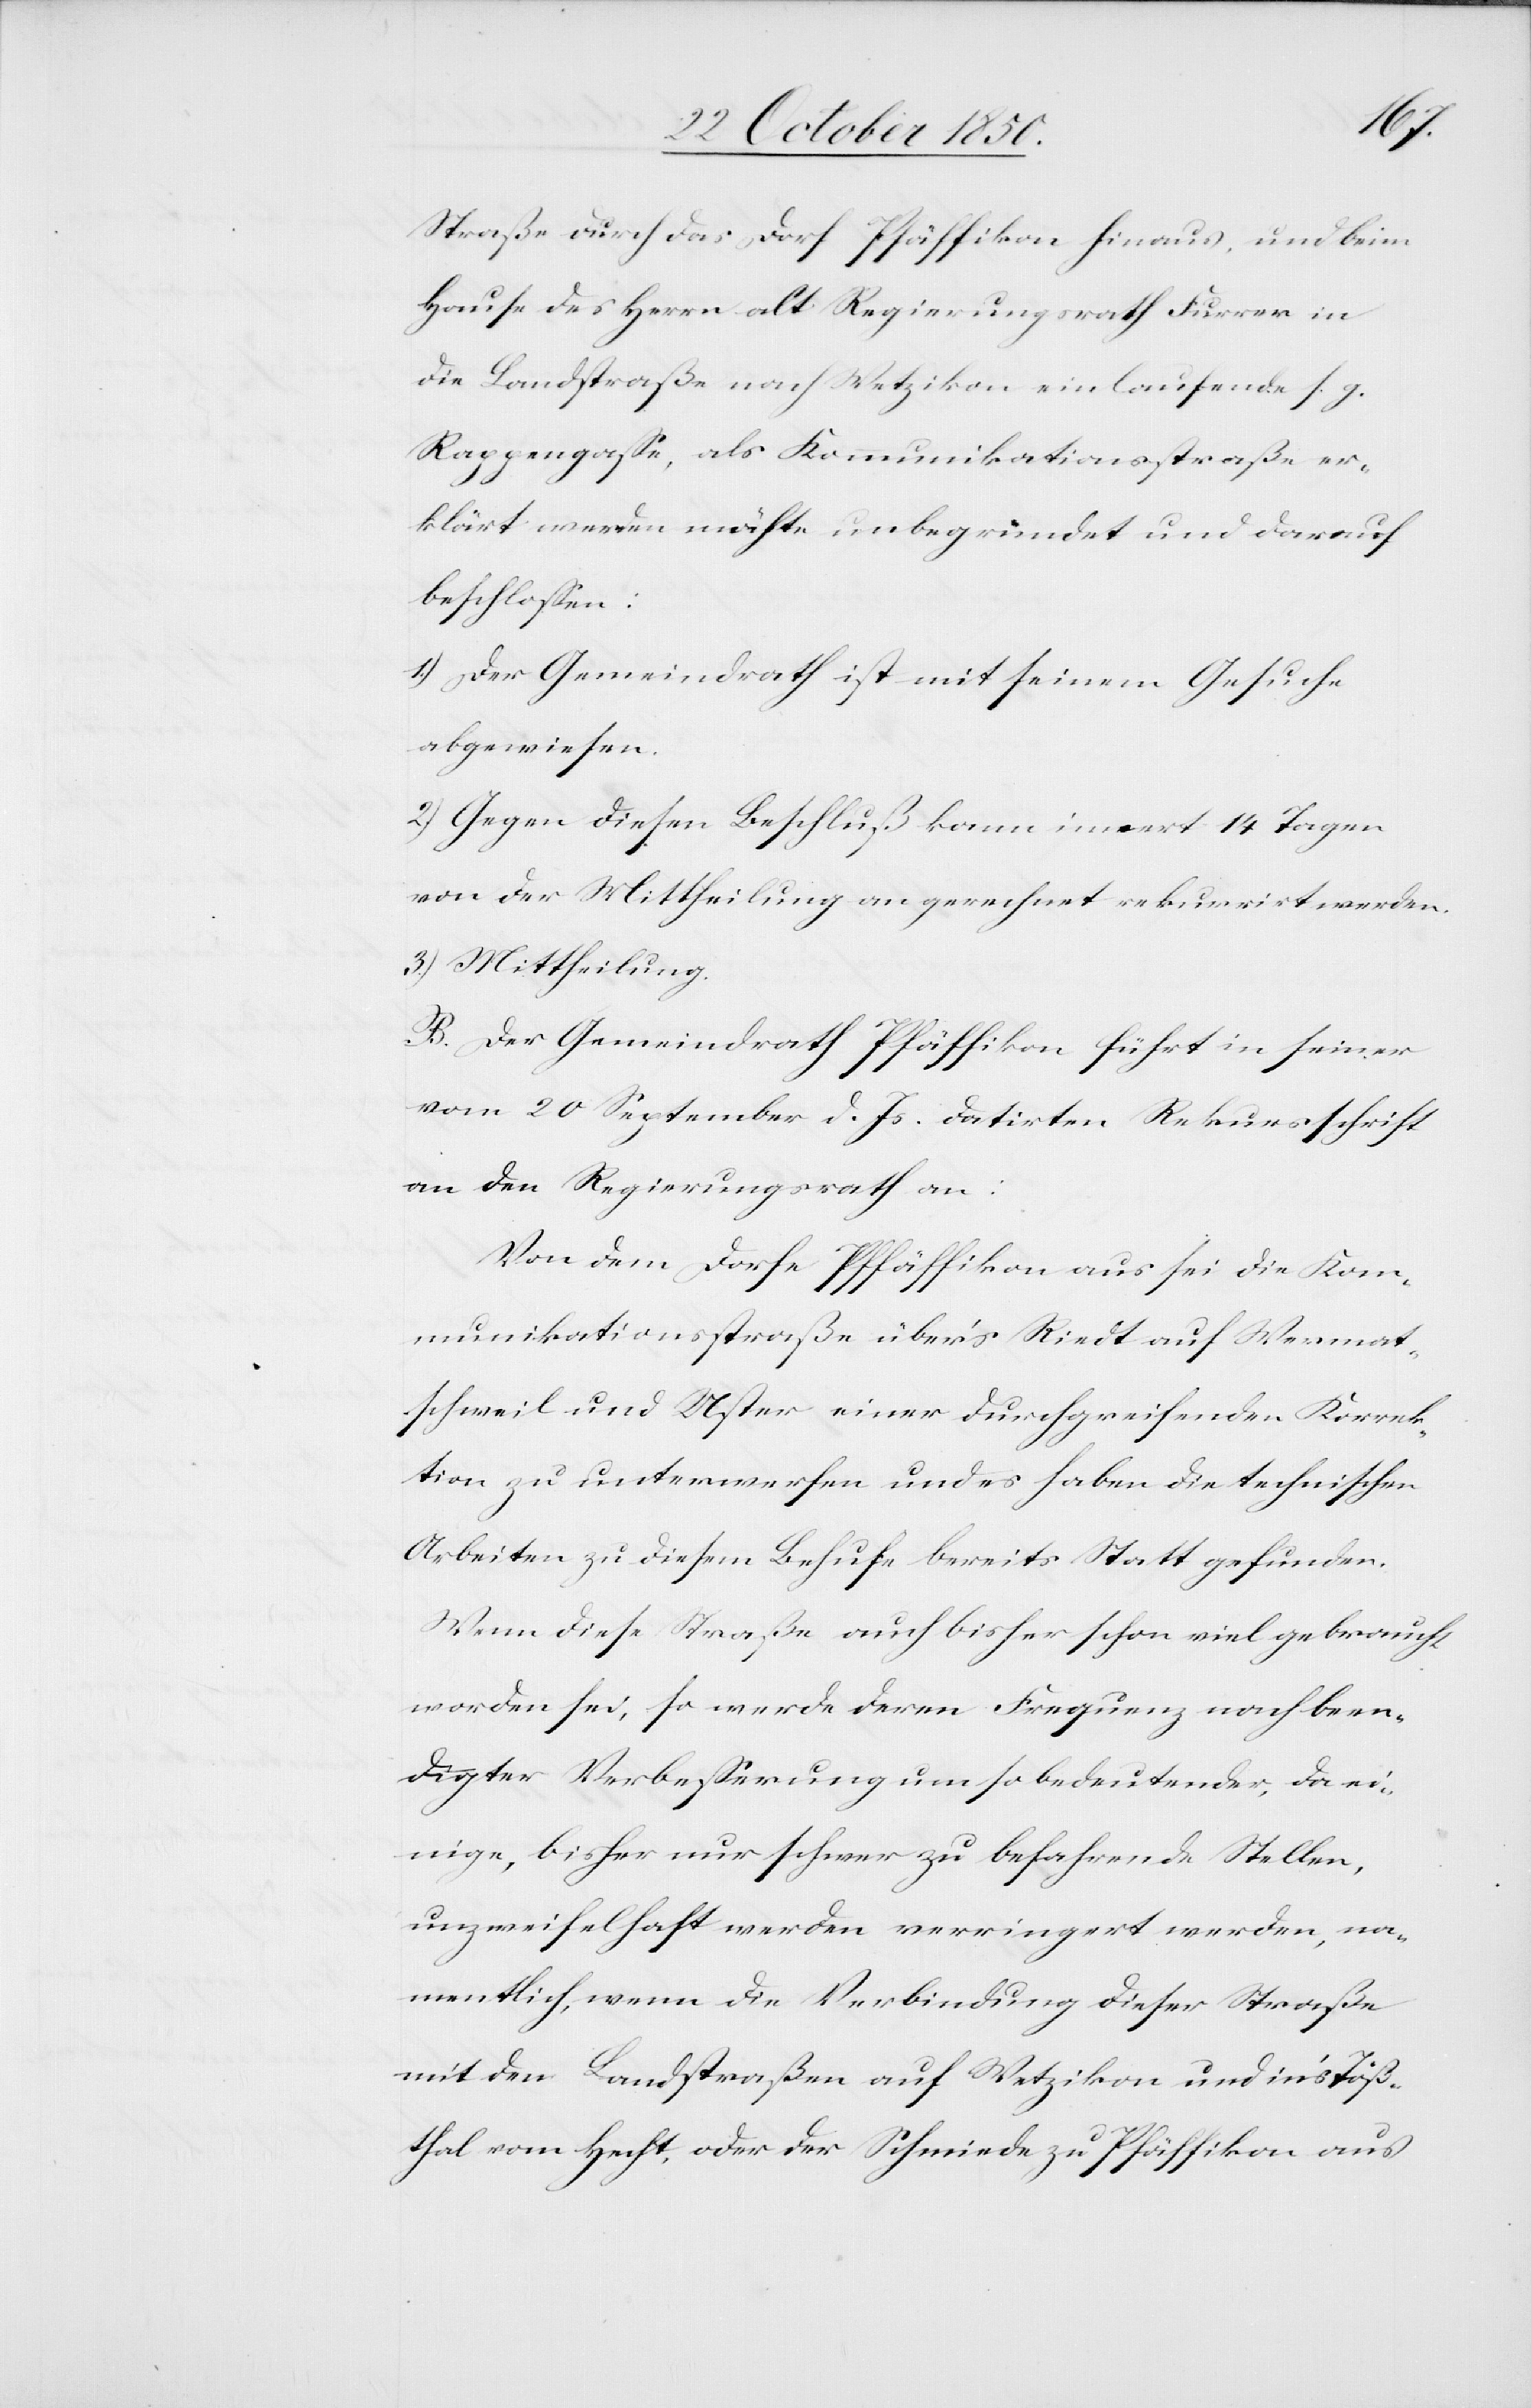
Straße durch das Dorf Pfäffikon hinaus, und beim
Hause des Herrn alt Regierungsrath Furrer in
die Landstraße nach Wetzikon einlaufende s. g.
Rappengasse, als Kommunikationsstraße er¬
klärt werden möchte unbegründet und darauf
beschlossen:
1.) Der Gemeindrath ist mit seinem Gesuche
abgewiesen.
2) Gegen diesen Beschluß kann innert 14 Tagen
von der Mittheilung an gerechnet rekurrirt werden.
3.) Mittheilung.
B. Der Gemeindrath Pfäffikon führt in seiner
vom 20 September d. Js. datirten Rekurssschrift
an den Regierungsrath an:
Von dem Dorfe Pfäffikon aus sei die Kom¬
munikationsstraße über’s Riedt auf Wermat¬
schweil und Uster einer durchgreifenden Korrek¬
tion zu unterwerfen und es haben die technischen
Arbeiten zu diesem Behufe bereits Statt gefunden.
Wenn diese Straße auch bisher schon viel gebraucht
worden sei, so werde deren Frequenz nach been¬
digter Verbesserung um so bedeutender, da ei¬
nige, bisher nur schwer zu befahrende Stellen,
unzweifelhaft werden verringert werden, na¬
mentlich, wenn die Verbindung dieser Straße
mit den Landstraßen auf Wetzikon und in’s Töß¬
thal vom Hecht, oder der Schmiede zu Pfäffikon aus